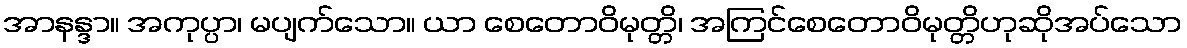
အာနန္ဒာ။ အကုပ္ပာ၊ မပျက်သော။ ယာ စေတောဝိမုတ္တိ၊ အကြင်စေတောဝိမုတ္တိဟုဆိုအပ်သော